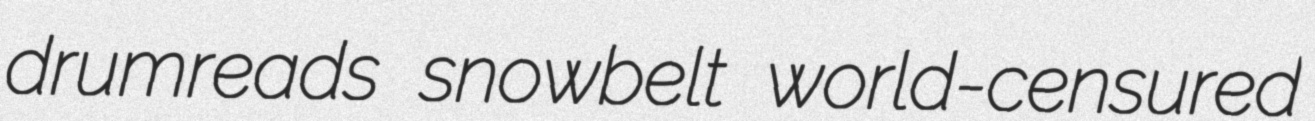
drumreads snowbelt world-censured